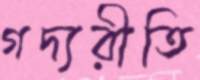
গদ্যরীতি